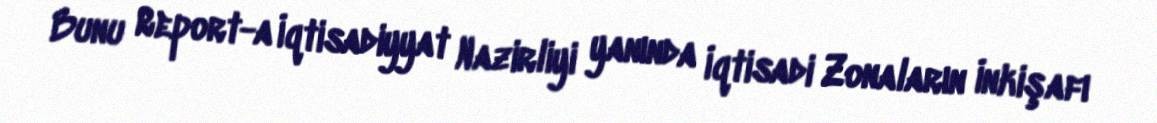
Bunu Report-a İqtisadiyyat Nazirliyi yanında İqtisadi Zonaların İnkişafı